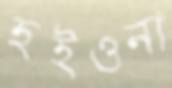
হইওনা